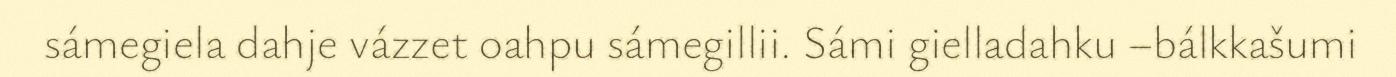
sámegiela dahje vázzet oahpu sámegillii. Sámi gielladahku –bálkkašumi